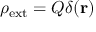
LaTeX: \rho _ { \mathrm { { e x t } } } = Q \delta ( \mathbf { r } )